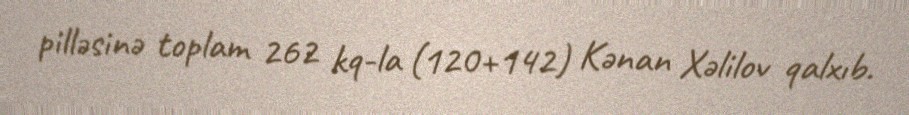
pilləsinə toplam 262 kq-la (120+142) Kənan Xəlilov qalxıb.